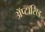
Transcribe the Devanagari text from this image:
अॅप्टॉसिड